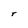
Character: T